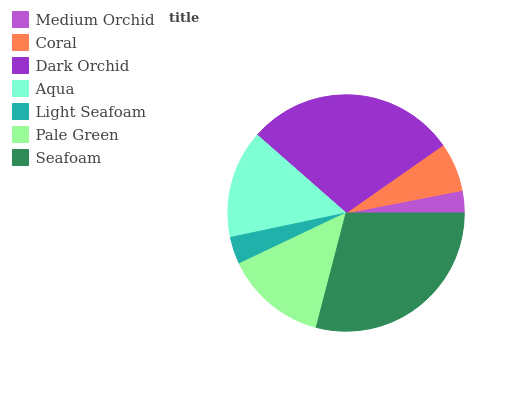
| Medium Orchid | Coral | Dark Orchid | Aqua | Light Seafoam | Pale Green | Seafoam |
 | --- | --- | --- | --- | --- | --- | --- |
 | 3.05% | 6.65% | 28.8% | 14.8% | 3.74% | 13.9% | 29.1% |